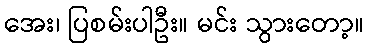
အေး၊ ပြစမ်းပါဦး။ မင်း သွားတော့။